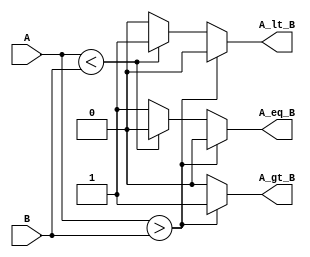
module ParameterizedComparator #(
    parameter WIDTH = 8 // Default bit-width is 8
)(
    input  wire [WIDTH-1:0] A, // Input A
    input  wire [WIDTH-1:0] B, // Input B
    output reg  A_gt_B,        // A greater than B
    output reg  A_lt_B,        // A less than B
    output reg  A_eq_B         // A equal to B
);

// Always block for combinational logic
always @(*) begin
    // Initialize outputs to 0
    A_gt_B = 1'b0;
    A_lt_B = 1'b0;
    A_eq_B = 1'b0;

    // Compare A and B
    if (A > B) begin
        A_gt_B = 1'b1; // A is greater than B
    end else if (A < B) begin
        A_lt_B = 1'b1; // A is less than B
    end else begin
        A_eq_B = 1'b1; // A is equal to B
    end
end

endmodule